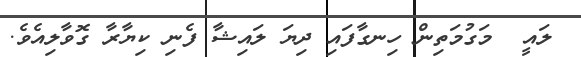
ލައީ  މަގުމަތިން ހިނގާފައި ދިޔަ ލައިޝާ ފެނި ކިޔާރާ ގޮވާލިއެވެ.